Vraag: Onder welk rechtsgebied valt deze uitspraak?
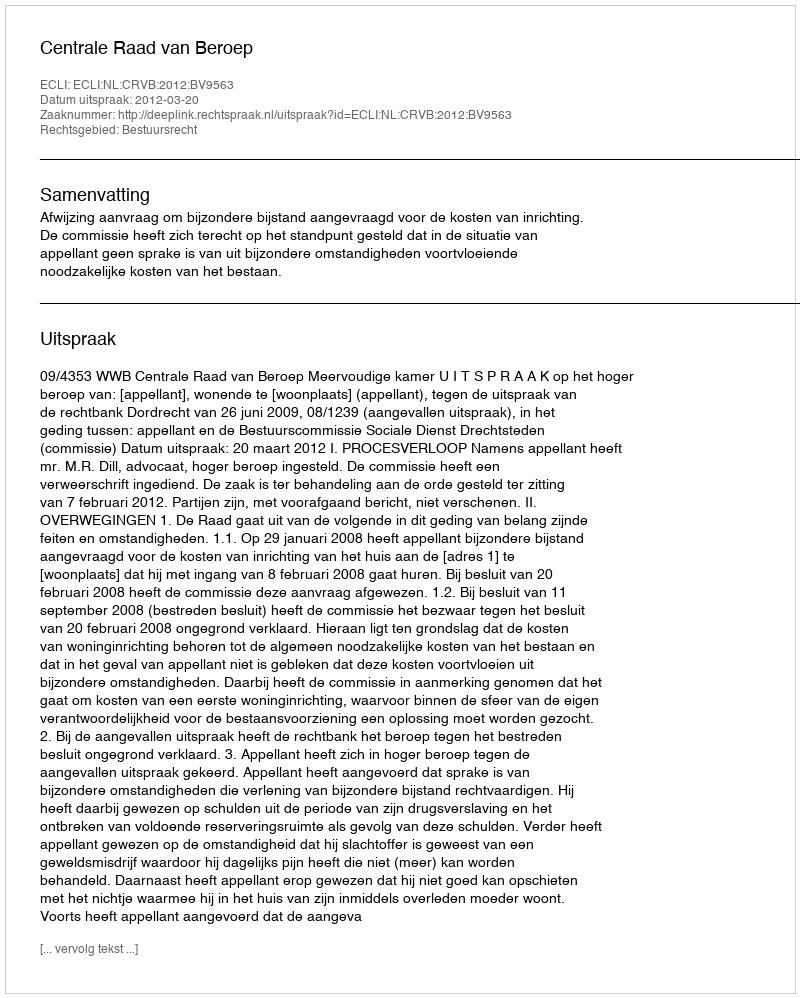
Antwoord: Bestuursrecht